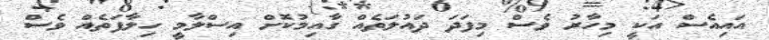
އައިއެސް އަކީ މިހާރު ވެސް މިފަދަ ދައުލަތެއް ގާއިމުކޮށް އިސްލާމީ ހިލާފަތެއް ވެސް